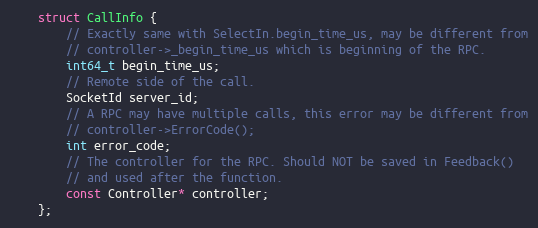
Language: C
    struct CallInfo {
        // Exactly same with SelectIn.begin_time_us, may be different from
        // controller->_begin_time_us which is beginning of the RPC.
        int64_t begin_time_us;
        // Remote side of the call.
        SocketId server_id;
        // A RPC may have multiple calls, this error may be different from
        // controller->ErrorCode();
        int error_code;
        // The controller for the RPC. Should NOT be saved in Feedback()
        // and used after the function.
        const Controller* controller;
    };